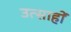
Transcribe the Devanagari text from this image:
उत्साहों